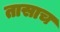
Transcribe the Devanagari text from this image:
तासाच